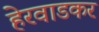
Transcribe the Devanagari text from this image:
हेरवाडकर